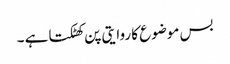
بس موضوع کا روایتی پن کھٹکتا ہے ۔